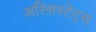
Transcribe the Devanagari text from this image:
अस्सिस्टेंट्स